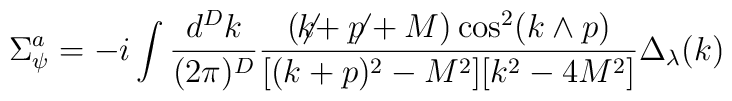
\Sigma_{\psi}^a=-i\int \frac{d^Dk}{(2\pi)^D} \frac{(\not\!\! k+\not\!\! p+M)\cos^2(k\wedge p)}{[(k+p)^2-M^2][k^2 - 4 M^2]}\Delta_\lambda(k)